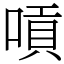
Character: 嗊